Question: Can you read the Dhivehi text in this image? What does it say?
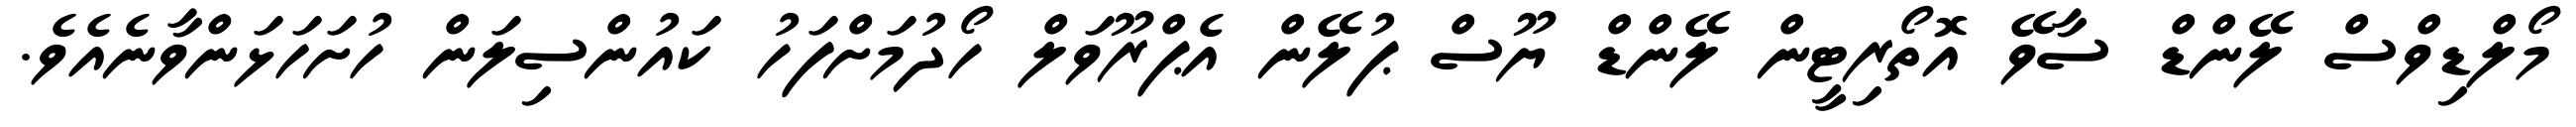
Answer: މޯލްޑިވްސް ލޭންޑް ސާވޭ އޮތޯރިޓީން ލޭންޑް ޔޫސް ޕުލޭން އެޕްރޫވަލް ހޯދުމަށްފަހު ކައުންސިލަން ހުށަހަޅަންވާނެއެވެ.